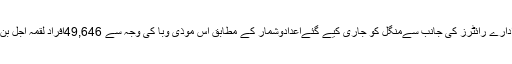
خبررساں ادارے رائٹرز کی جانب سےمنگل کو جاری کیے گئےاعدادوشمار کے مطابق اس موذی وبا کی وجہ سے 49,646افراد لقمہ اجل بن چکے ہیں۔